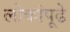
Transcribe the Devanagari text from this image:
लोकांपूढे